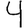
Digit: 4